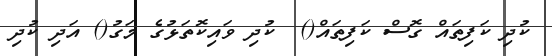
ކުދި ކަފިތައް ގޮސް ކަފިތައް()  ކުދި ވައިކޮތަޅުގެ މަގު() އަދި ކުދި